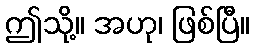
ဤသို့။ အဟု၊ ဖြစ်ပြီ။